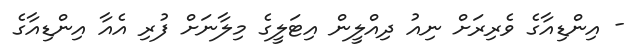
- އިންޑިއާގެ ވެރިރަށް ނިއު ދިއްލީން އިޓަލީގެ މިލާނަށް ފުރި އެއާ އިންޑިއާގެ